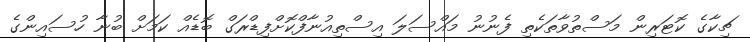
ޗިކާގެ ކޮޓަރިން މަސްތުވާތަކެތި ފެނުނު މައްސަލަ އިސްތިއުނާފްކޮށްފިޑްރަގް ބޮޑެއް ކަމަށް ބުނާ ހުސައިންގެ